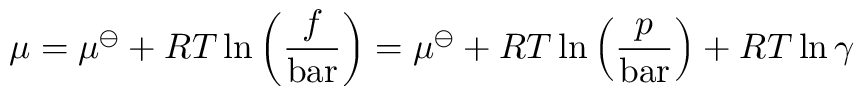
\mu = \mu ^ { \ominus } + R T \ln \left( { \frac { f } { \mathrm { b a r } } } \right) = \mu ^ { \ominus } + R T \ln \left( { \frac { p } { \mathrm { b a r } } } \right) + R T \ln \gamma